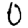
Digit: 0